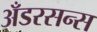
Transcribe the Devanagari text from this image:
अँडरसन्स